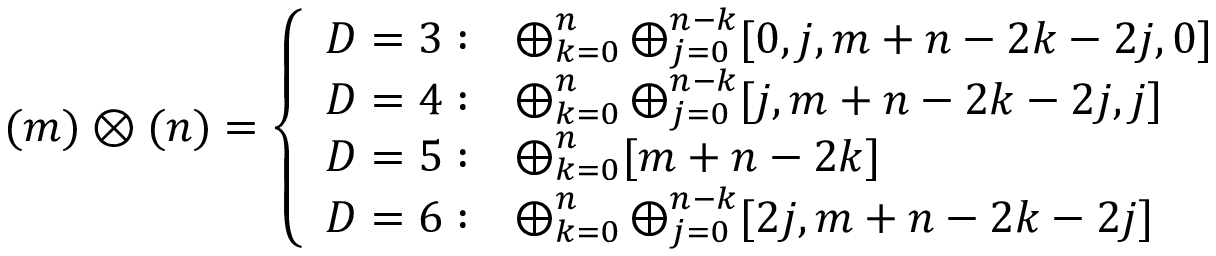
( m ) \otimes ( n ) = \left\{ \begin{array} { l l } { { D = 3 : } } & { { \bigoplus _ { k = 0 } ^ { n } \bigoplus _ { j = 0 } ^ { n - k } [ 0 , j , m + n - 2 k - 2 j , 0 ] } } \\ { { D = 4 : } } & { { \bigoplus _ { k = 0 } ^ { n } \bigoplus _ { j = 0 } ^ { n - k } [ j , m + n - 2 k - 2 j , j ] } } \\ { { D = 5 : } } & { { \bigoplus _ { k = 0 } ^ { n } [ m + n - 2 k ] } } \\ { { D = 6 : } } & { { \bigoplus _ { k = 0 } ^ { n } \bigoplus _ { j = 0 } ^ { n - k } [ 2 j , m + n - 2 k - 2 j ] } } \end{array} \right.